Reports on military cantonments and civil stations in the Presidency of Bombay inspected by the Sanitary Commissioner in the years 1875 and 1876
Year: 1875
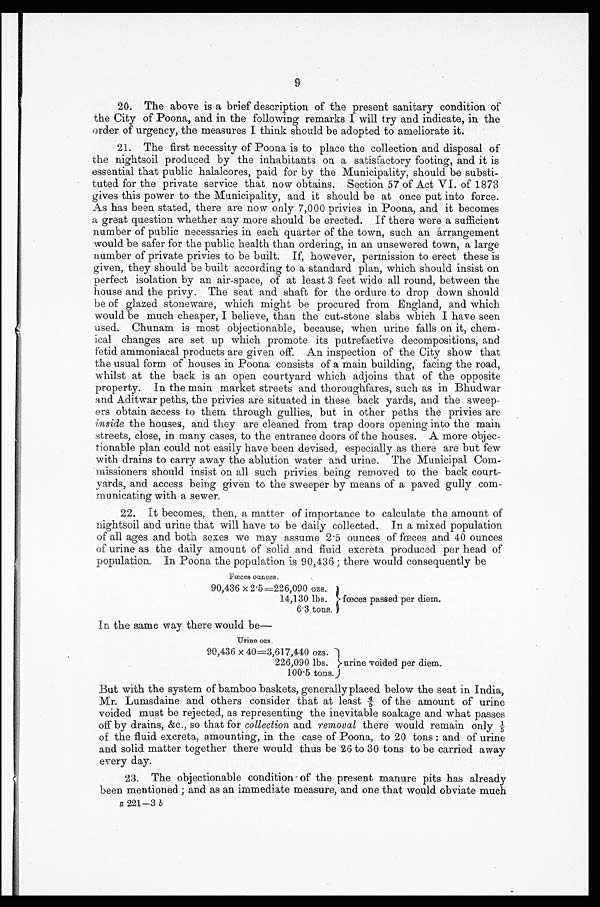
9
20. The above is a brief description of the present sanitary condition of
the City of Poona, and in the following remarks I will try and indicate, in the
order of urgency, the measures I think should be adopted to ameliorate it.
21. The first necessity of Poona is to place the collection and disposal of
the nightsoil produced by the inhabitants on a satisfactory footing, and it is
essential that public halalcores, paid for by the Municipality, should be substi
- t u t e d f o r t h e p r i v a t e s e r v i c e t h a t n o w o b t a i n s . S e c t i o n 5 7 o f A c t V I . o f 1 8 7 3
gives this power to the Municipality, and it should be at once put into force.
As has been stated, there are now only 7,000 privies in Poona, and it becomes
a great question whether any more should be erected. If there were a sufficient
number of public necessaries in each quarter of the town, such an arrangement
would be safer for the public health than ordering, in an unsewered town, a large
number of private privies to be built. If, however, permission to erect these is
given, they should be built according to a standard plan, which should insist on
perfect isolation by an air-space, of at least 3 feet wide all round, between the
house and the privy. The seat and shaft for the ordure to drop down should
be of glazed stoneware, which might be procured from England, and which
would be much cheaper, I believe, than the cut-stone slabs which I have seen
used. Chunam is most objectionable, because, when urine falls on it, chem
- i c a l c h a n g e s a r e s e t u p w h i c h p r o m o t e i t s p u t r e f a c t i v e d e c o m p o s i t i o n s , a n d
fetid ammoniacal products are given off. An inspection of the City show that
the usual form of houses in Poona consists of a main building, facing the road,
whilst at the back is an open courtyard which adjoins that of the opposite
property. In the main market streets and thoroughfares, such as in Bhudwar
and Aditwar peths, the privies are situated in these back yards, and the sweep
- e r s o b t a i n a c c e s s t o t h e m t h r o u g h g u l l i e s , b u t i n o t h e r p e t h s t h e p r i v i e s a r e
inside the houses, and they are cleaned from trap doors opening into the main
streets, close, in many cases, to the entrance doors of the houses. A. more objec
- t i o n a b l e p l a n c o u l d n o t e a s i l y h a v e b e e n d e v i s e d , e s p e c i a l l y a s t h e r e a r e b u t f e w
with drains to carry away the ablution water and urine. The Municipal Com
-missioners should insist on all such privies being removed to the back court
-yards, and access being given to the sweeper by means of a paved gully com
- m u n i c a t i n g w i t h a s e w e r .
22. It becomes, then, a matter of importance to calculate the amount of
nightsoil and urine that will have to be daily collected. In a mixed population.
of all ages and both sexes we may assume 2.5 ounces of fœces and 40 ounces
of urine as the daily amount of solid and fluid excreta produced per head of
population. In Poona the population is 90,436; there would consequently be
Fœces ounces.
90,436 x 2.5=226,090 ozs.
14,130 lbs. fœces passed per diem.
6.3 tons.
In the same way there would be—
urine ozs.
90,436 x 40=3,617,440 ozs.
226,090 lbs.
100.5 tons.
But with the system of bamboo baskets, generally placed below the seat in India,
Mr. Lumsdaine and others consider that at least 4/5 of the amount of urine
voided must be rejected, as representing the inevitable soakage and what passes
off by drains, &c., so that for collection and removal there would remain only
1 / 5 o f t h e f l u i d e x c r e t a , a m o u n t i n g , i n t h e c a s e o f P o o n a , t o 2 0 t o n s : a n d o f u r i n e
and solid matter together there would thus be 26 to 30 tons to be carried away
every day.
23. The objectionable condition of the present manure pits has already
been mentioned; and as an immediate measure, and one that would obviate much
B 221-3 b